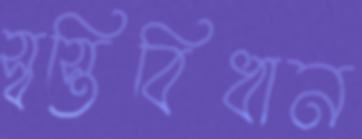
স্বস্তিবিধান